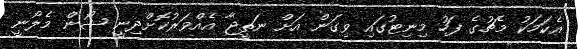
އެކަމަކު މެޗުގެ ފަހު މިނިޓުގައި ވިގަން އަށް ނަތީޖާ އެއްވަރުކޮށްދިނީ ޝޯން މެލޯނީ